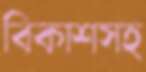
বিকাশসহ